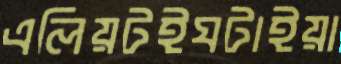
এলিয়টইঘটাইয়া